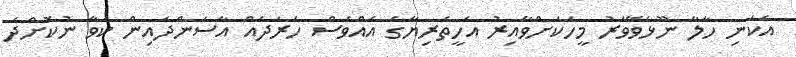
އެކަނި ހާލާ ނޫޅެވޭވަރު މީހަކަށްވާއިރު އެހީތެރިޔާގެ އެއްވެސް ހަރަދެއް އާސަންދައިން ކަވާ ނުކޮށްދެ